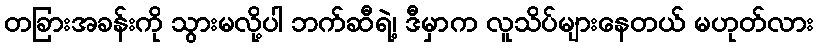
တခြားအခန်းကို သွားမလို့ပါ ဘက်ဆီရဲ့၊ ဒီမှာက လူသိပ်များနေတယ် မဟုတ်လား